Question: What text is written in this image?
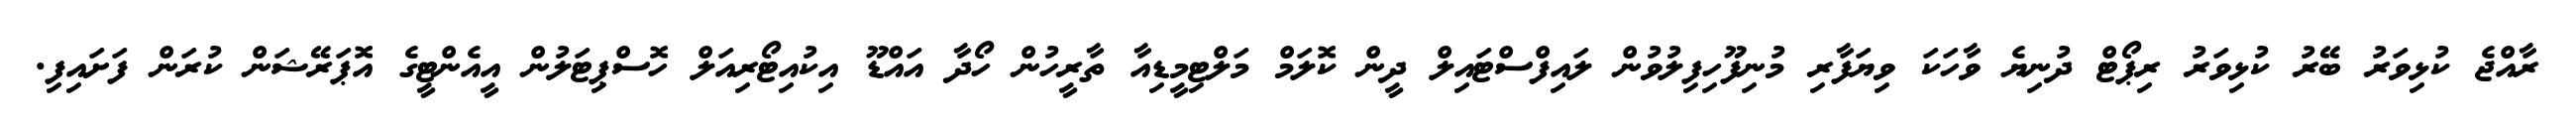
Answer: ރާއްޖެ ކުޅިވަރު ބޭރު ކުޅިވަރު ރިޕޯޓް ދުނިޔެ ވާހަކަ ވިޔަފާރި މުނިފޫހިފިލުވުން ލައިފްސްޓައިލް ދީން ކޮލަމް މަލްޓިމީޑިއާ ތާރީހުން ހޯދާ އައްޑޫ އިކުއިޓޯރިއަލް ހޮސްޕިޓަލުން އީއެންޓީގެ އޮޕަރޭޝަން ކުރަން ފަށައިފި.